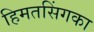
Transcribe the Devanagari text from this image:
हिमतसिंगका